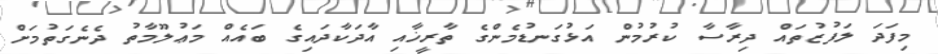
މިފަދަ ލަފުޒުތައް ދިރާސާ ކުރުމުން އަޅުގަނޑުމެންގެ ތާރީޚާއި އާދަކާދައިގެ ބައެއް މަޢުލޫމާތު ދެނެގަތުމަށް